Jaan_Tonisson_(Lasteleht), lk 124
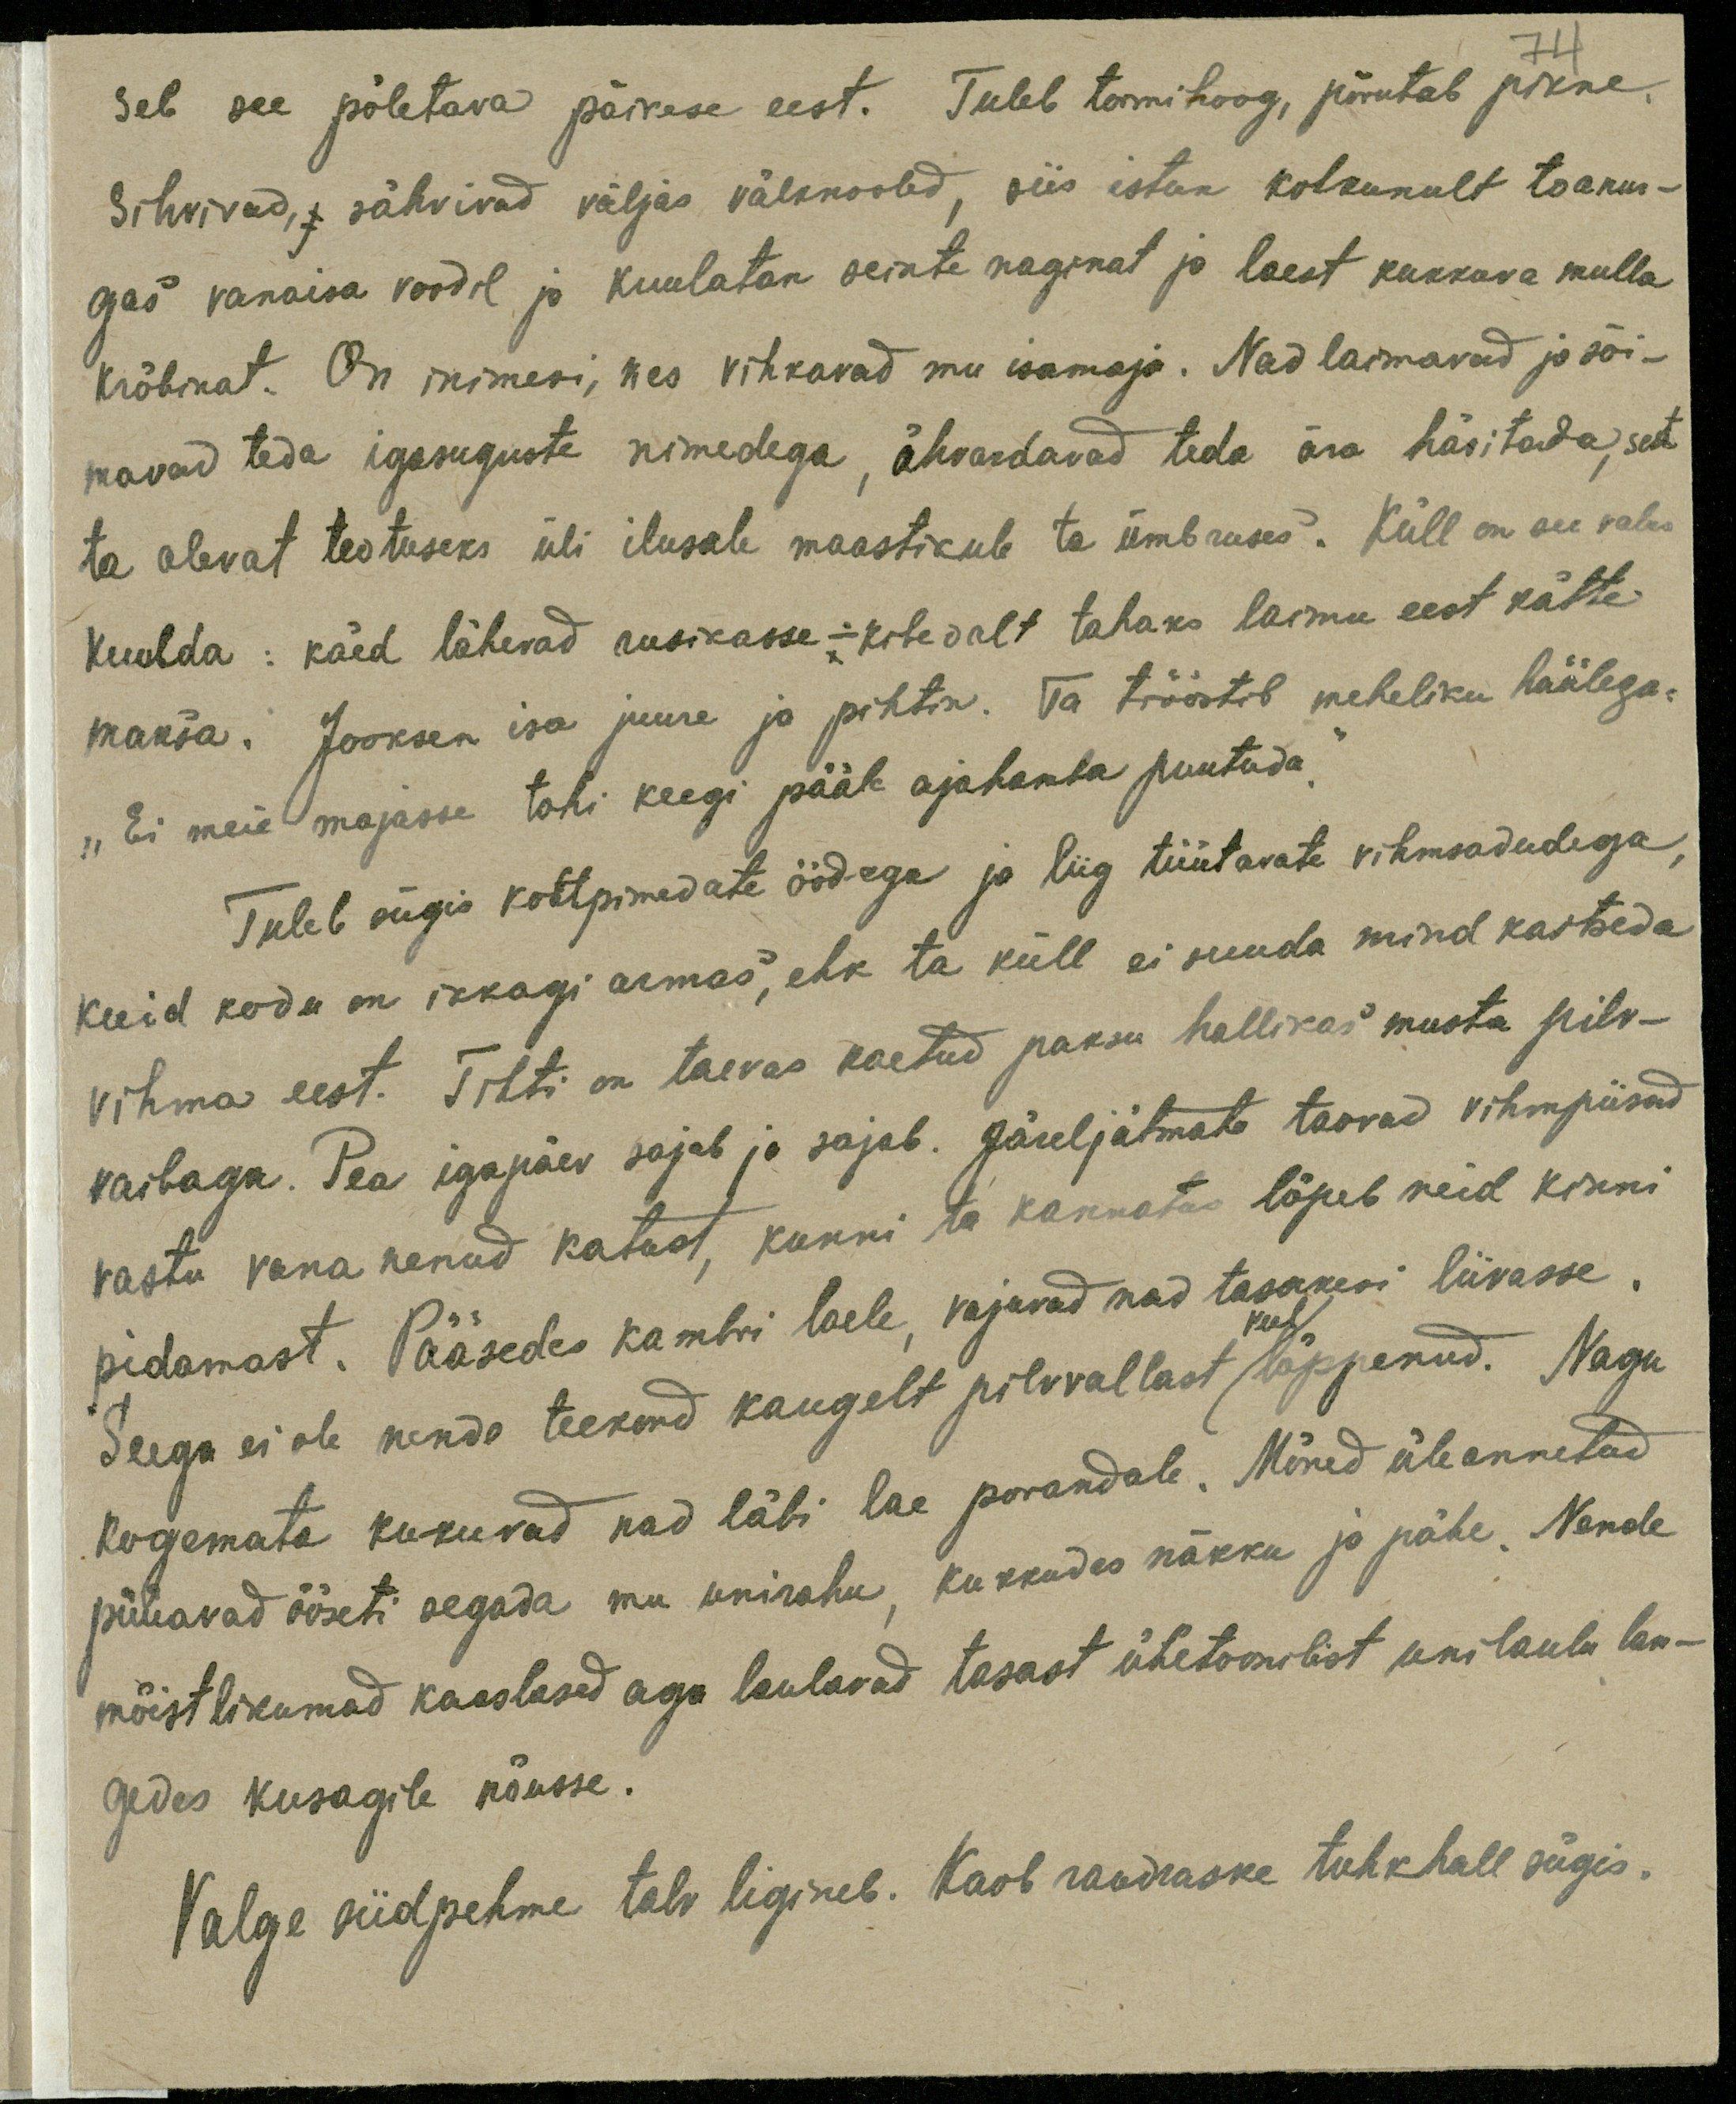
74
seb see põletava päikese eest. Tuleb tormihoog, põrutab pikne,
Sihvivad, sähvivad väljas välknooled, siis istun kohkunult toanur-
gas vanaisa voodil ja kuulatan seinte naginat ja laest kukkava mulla
krõbinat. On inimesi, kes vihkavad mu isamaja. Nad laimavad ja sõi-
mavad teda igasuguste nimedega, ähvardavad teda ära hävitada, sest
ta olevat teotuseks üli ilusale maastikule ta ümbruses. Küll on see valus
kuulda: käed lähevad rusikasse,- koledalt tahaks laimu eest kätte-
maksa. Jooksen isa juurde ja pihtin. Ta trööstib meheliku häälega,
"Ei meie majasse tohi keegi pääle ajahamba puutuda."
Tuleb sügis kottpimedate öödega ja liig tüütavate vihmasadudega,
kuid koda on ikkagi armas, ehk ta küll ei suuda mind kaitseda
vihma eest. Tihti on taevas kaetud paksu hallikas musta pilv-
vaibaga. Pea igapäev sajab ja sajab. Järeljätmata taovad vihmapiisad
vastu vananenud katust, kunni ta kannatus lõpeb neid kinni
pidamast. Pääsedes kambri laele vajuvad nad tasakesi liivasse.
veel
Seega ei ole nende teekord kaugelt pilvvallast lõppenud. Nagu
kogemata kukuvad nad läbi lae porandale. Mõned üleannetud
püüavad öösti segada mu unirahu, kukkudes näkku ja pähe. Nende
mõistlikumad kaaslased aga laulavad tasast ühetoonlist unilaulu lan-
gedes kusagile nõusse.
Valge siidpehme talv ligineb. Kaob raudraske tuhkhall sügis.